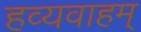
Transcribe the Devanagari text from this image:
हव्यवाहम्